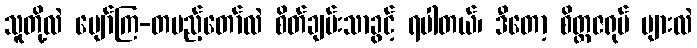
သူတို့လဲ ပျော်ကြ-တပည့်တော်လဲ စိတ်ချမ်းသာခွင့် ရပါတယ်၊ ဒီတော့ စိတ္တဇရုပ် များလဲ